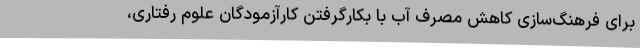
برای فرهنگ‌سازی کاهش مصرف آب با بکارگرفتن کارآزمودگان علوم رفتاری،